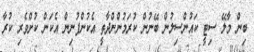
ބިން މާލޭ ސިޓީ ކައުންސިލުން ބޭނުން ކުރަމުންންދާތީ އެކުންފުނިން އެކަން ކުށްވެރި ކުރާ